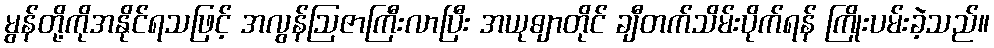
မွန်တို့ကိုအနိုင်ရသဖြင့် အလွန်ဩဇာကြီးလာပြီး အယုဓျာတိုင် ချီတက်သိမ်းပိုက်ရန် ကြိုးပမ်းခဲ့သည်။